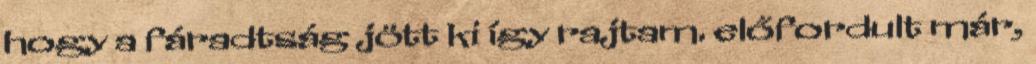
hogy a fáradtság jött ki így rajtam. előfordult már,